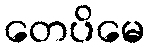
တေပိမေ